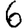
Digit: 6